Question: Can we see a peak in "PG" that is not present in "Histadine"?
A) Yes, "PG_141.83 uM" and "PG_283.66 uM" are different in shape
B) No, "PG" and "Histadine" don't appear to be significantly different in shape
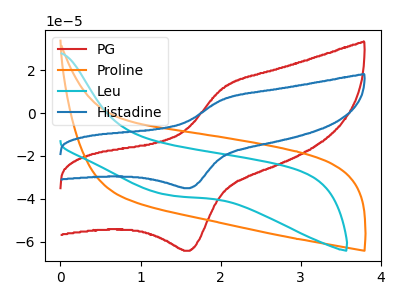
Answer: <think>The red curve "PG" has an anodic peak at (2.05V, 11.65uA) and a cathodic peak at (1.60V, -64.20uA). The orange curve "Proline" has no peaks. The cyan curve "Leu" has no peaks. The blue curve "Histadine" has an anodic peak at (2.05V, 6.35uA) and a cathodic peak at (1.60V, -35.05uA).
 All the peaks in "PG" have a peak in "Histadine" at the same potential. Every peak in "PG" is higher than every peak in "Histadine".</think>
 <answer>B) No, "PG" and "Histadine" don't appear to be significantly different in shape</answer>
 <eval>B</eval>